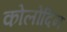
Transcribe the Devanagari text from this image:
कोलोदिन